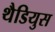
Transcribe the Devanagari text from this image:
थैडियुस